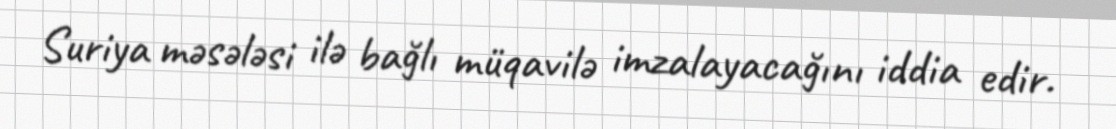
Suriya məsələsi ilə bağlı müqavilə imzalayacağını iddia edir.